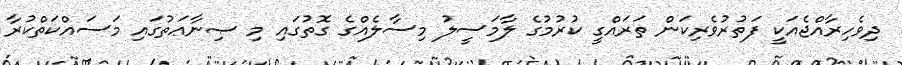
ދިވެހިރާއްޖެއަކީ ފަތުރުވެރިކަން ތަރައްގީ ކުރުމުގެ ލާމަސީލު މިސާލެއްގެ ގޮތުގައި މި ޞިނާޢަތުގައި މަސައްކަތްކުރާ